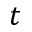
t